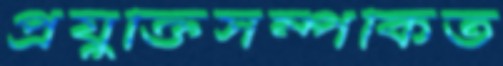
প্রযুক্তিসম্পর্কিত